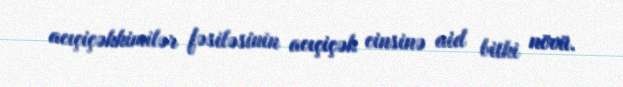
acıçiçəkkimilər fəsiləsinin acıçiçək cinsinə aid bitki növü.